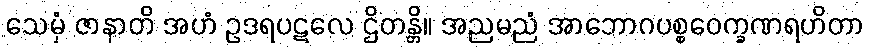
သေမှံ ဇာနာတိ အဟံ ဥဒရပဋလေ ဌိတန္တိ။ အညမညံ အာဘောဂပစ္စဝေက္ခဏရဟိတာ